Eesti_Uliopilaste_Selts, lk 91
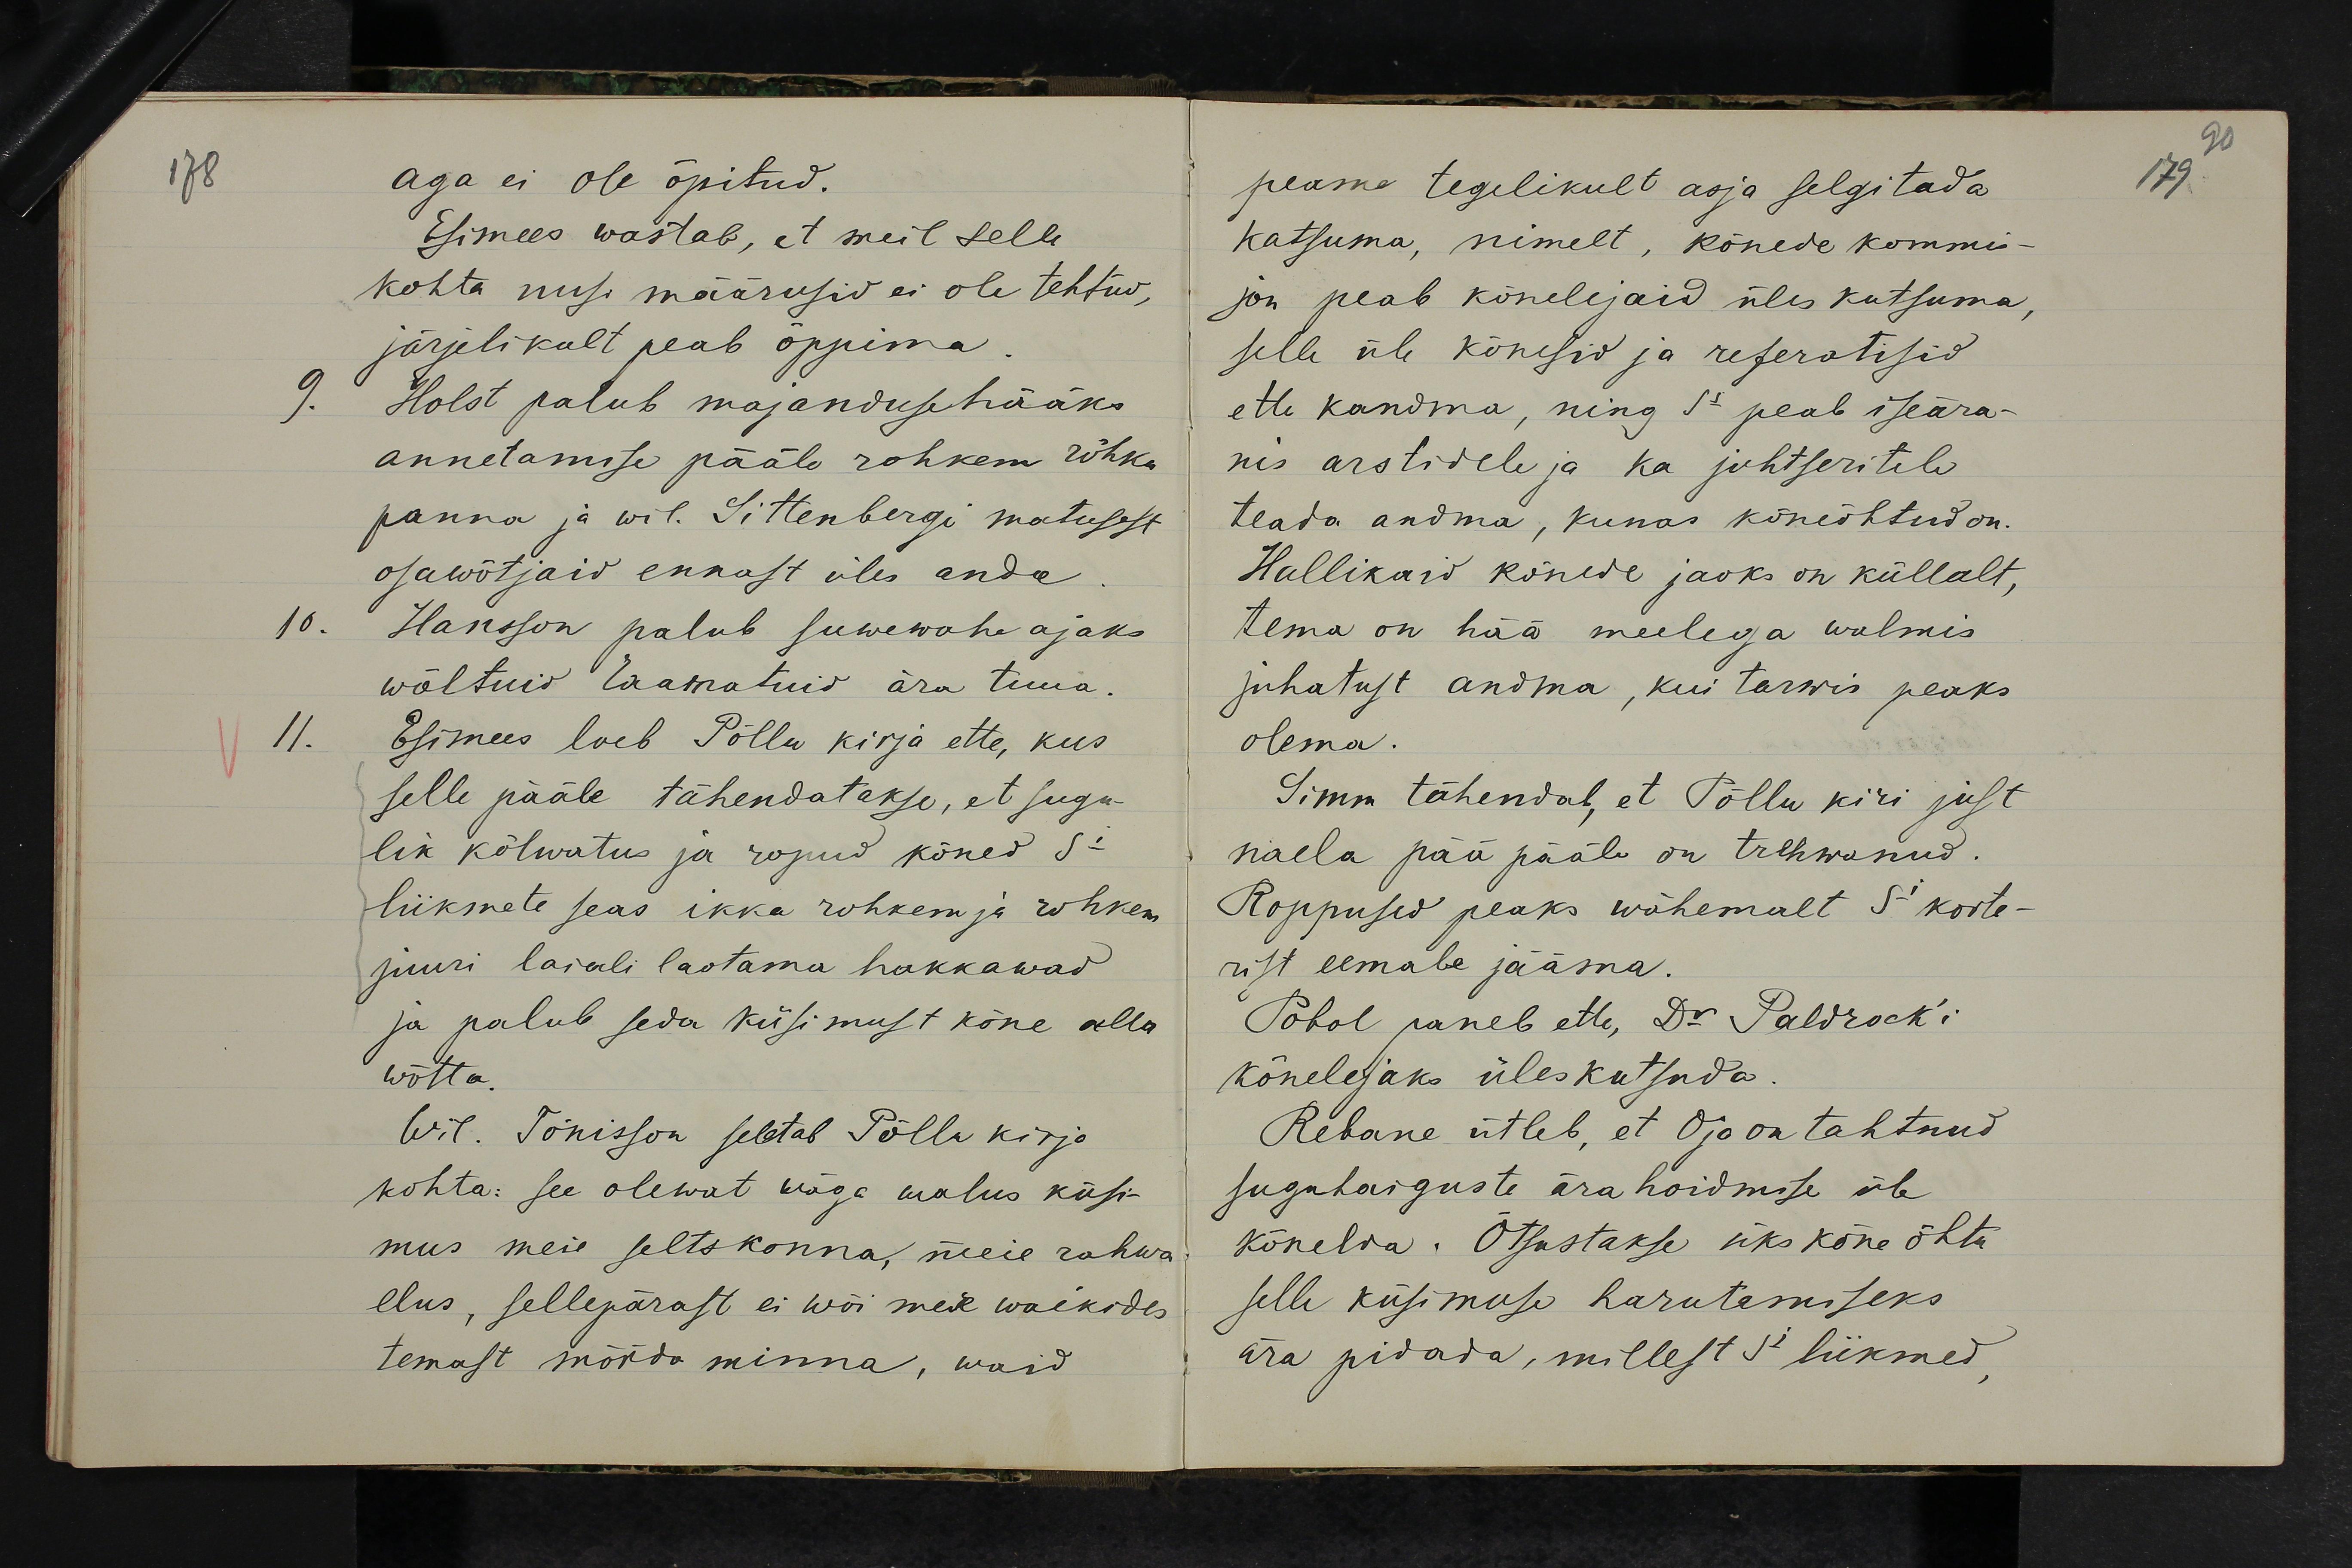
aga ei ole õpitud.
Esimees wastab, et meil selle
kohta uusi määrusid ei ole tehtud,
järjelikult peab õppima.
Holst palub majandusehääks
annetamise pääle rohkem rõhku
panna ja wil. Sittenbergi matusest
osawõtjaid ennast üles anda.
Hansson palub suwewaheajaks
wõetuid raamatuid ära tuua.
Esimees loeb Põllu kirja ette, kus
selle pääle tähendatakse, et sugu-
lik kõlwatus ja ropud kõned S-i
liikmete seas ikka rohkem ja rohkem
juuri laiali laotama hakkawad
ja palub seda küsimust kõne alla
wõtta.
Wil. Tõnisson seletab Põllu kirja
kohta: see olewat wäga walus küsi-
mus meie seltskonna, meie rahwa
elus, sellepärast ei wõi meie waikides
temast mööda minna, waid

peame tegelikult asja selgitada
katsuma, nimelt, kõnede kommis-
jon peab kõnelejaid üles kutsuma,
selle üle kõnesid ja referatisid
ette kandma, ning S-s peab iseära-
nis arstidele ja ka juhtseritile
teada andma, kunas kõneõhtud on.
Hallikaid kõnede jaoks on küllalt,
tema on hää meelega walmis
juhatust andma, kui tarwis peaks
olema.
Simm tähendab, et Põllu kiri just
naela pää pääle on trehwanud.
Roppused peaks wähemalt S-i korte-
rist eemale jääma.
Pobol paneb ette, Dr Paldrock´i
kõnelejaks üleskutsuda.
Rebane ütleb, et Oja on tahtnud
suguhaiguste ärahoidmise üle
kõnelda. Õtsustakse üks kõne õhtu
selle küsimuse harutamiseks
ära pidada, millest S-i liikmed,

179.